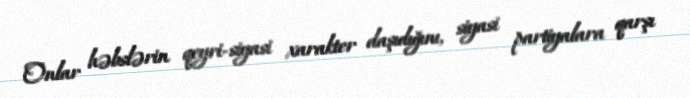
Onlar həbslərin qeyri-siyasi xarakter daşıdığını, siyasi partiyalara qarşı